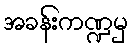
အခန်းကဏ္ဍမှ